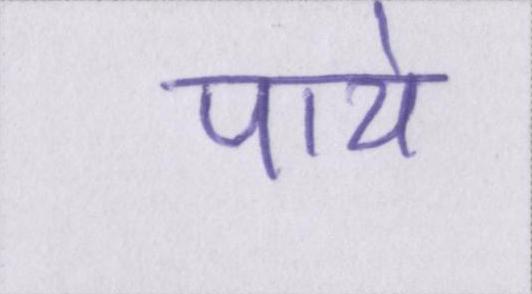
पाये